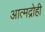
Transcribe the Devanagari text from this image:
आत्मद्रोही